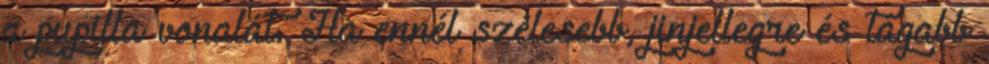
a pupilla vonalát. Ha ennél szélesebb, jinjellegre és tágabb